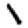
Digit: 1